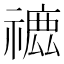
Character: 𥛪